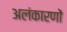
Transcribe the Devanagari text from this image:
अलंकारणों